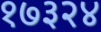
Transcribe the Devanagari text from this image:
१७३२४